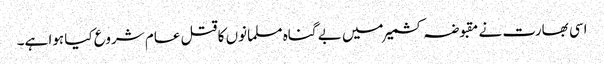
اسی بھارت نے مقبوضہ کشمیر میں بے گناہ مسلمانوں کا قتل عام شروع کیا ہوا ہے۔